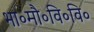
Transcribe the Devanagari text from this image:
भा॰मौ॰वि॰वि॰